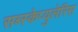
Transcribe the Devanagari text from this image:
सब्स्केप्युलेरिस